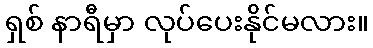
ရှစ် နာရီမှာ လုပ်ပေးနိုင်မလား။